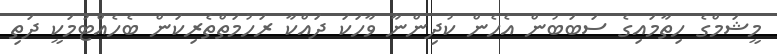
މީޝަމްގެ ހިތާމައިގެ ސަބަބުން އެހެން ކުދިންނާ ވާހަކަ ދައްކާ ރަހުމަތްތެރިކަން ބެހެއްޓުމަކީ ދަތި